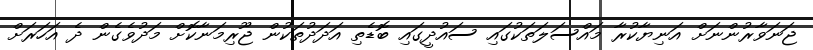
ޖަނަވާރުންނަށް އަނިޔާކުރާ މައްސަލަތަކުގައި ސައުދީގައި ބޮޑެތި އަދަދުތަކުން ޖޫރިމަނާކޮށް މަދުވެގެން ދެ އަހަރަށް